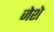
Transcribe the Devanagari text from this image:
जेशे